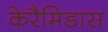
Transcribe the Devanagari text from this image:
केरैमिडास